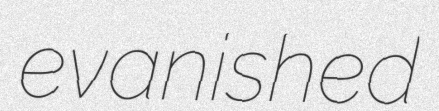
evanished